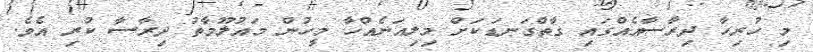
މި ހުރިހާ ދިރާސާއެއްގައި ގާތްގަނޑަކަށް މިލިއަނެއްހާ މީހުން މައުލޫމާތު ދިރާސާ ކުރި އެވެ.